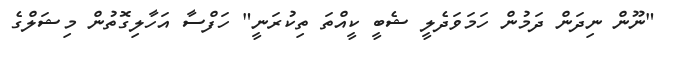
"ނޫން ނިދަން ދަމުން ހަމަވަދެލީ ޝެބީ ކީއްތަ ތިކުރަނީ" ހަފްސާ އަހާލިގޮތުން މިޝަލްގެ